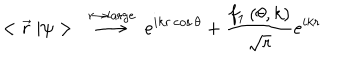
< \vec { r } \ | \psi > \ \stackrel { r \rightarrow \mathrm { l a r g e } } { \longrightarrow } \ e ^ { i k r \cos { \theta } } + { \frac { f _ { 1 } \left( \theta , k \right) } { \sqrt { r } } } e ^ { i k r }